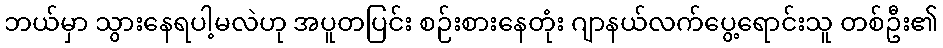
ဘယ်မှာ သွားနေရပါ့မလဲဟု အပူတပြင်း စဉ်းစားနေတုံး ဂျာနယ်လက်ပွေ့ရောင်းသူ တစ်ဦး၏